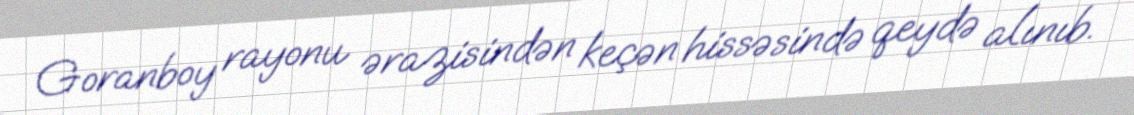
Goranboy rayonu ərazisindən keçən hissəsində qeydə alınıb.